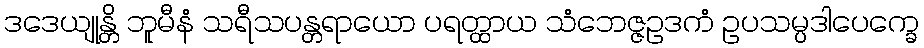
ဒဒေယျုန္တိ ဘူမီနံ သရီသပန္တရာယော ပရတ္ထာယ သံဘေဇ္ဇဥဒကံ ဥပသမ္ပဒါပေက္ခေ